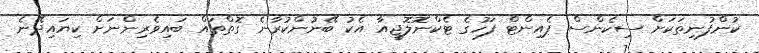
ކުންފުނިތަކަށް ސިކެންސް ޕެއިންޓް ފަހުގެ ޓެކްނޮލޮޖީއާ އެކު ބޭނުންކުރާނެ ގޮތްތައް ބައިވެރިންނަށް ކިޔައިދޭނެ